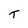
Character: t